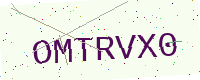
Text: OMTRVX0